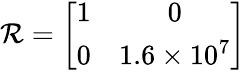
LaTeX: {\mathcal{R}}=\left[\begin{array}{cc}{1}&{0}\\ {0}&{1.6\times 10^{7}}\end{array}\right]